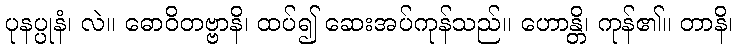
ပုနပ္ပုနံ၊ လဲ။ ဓောဝိတဗ္ဗာနိ၊ ထပ်၍ ဆေးအပ်ကုန်သည်။ ဟောန္တိ၊ ကုန်၏။ တာနိ၊